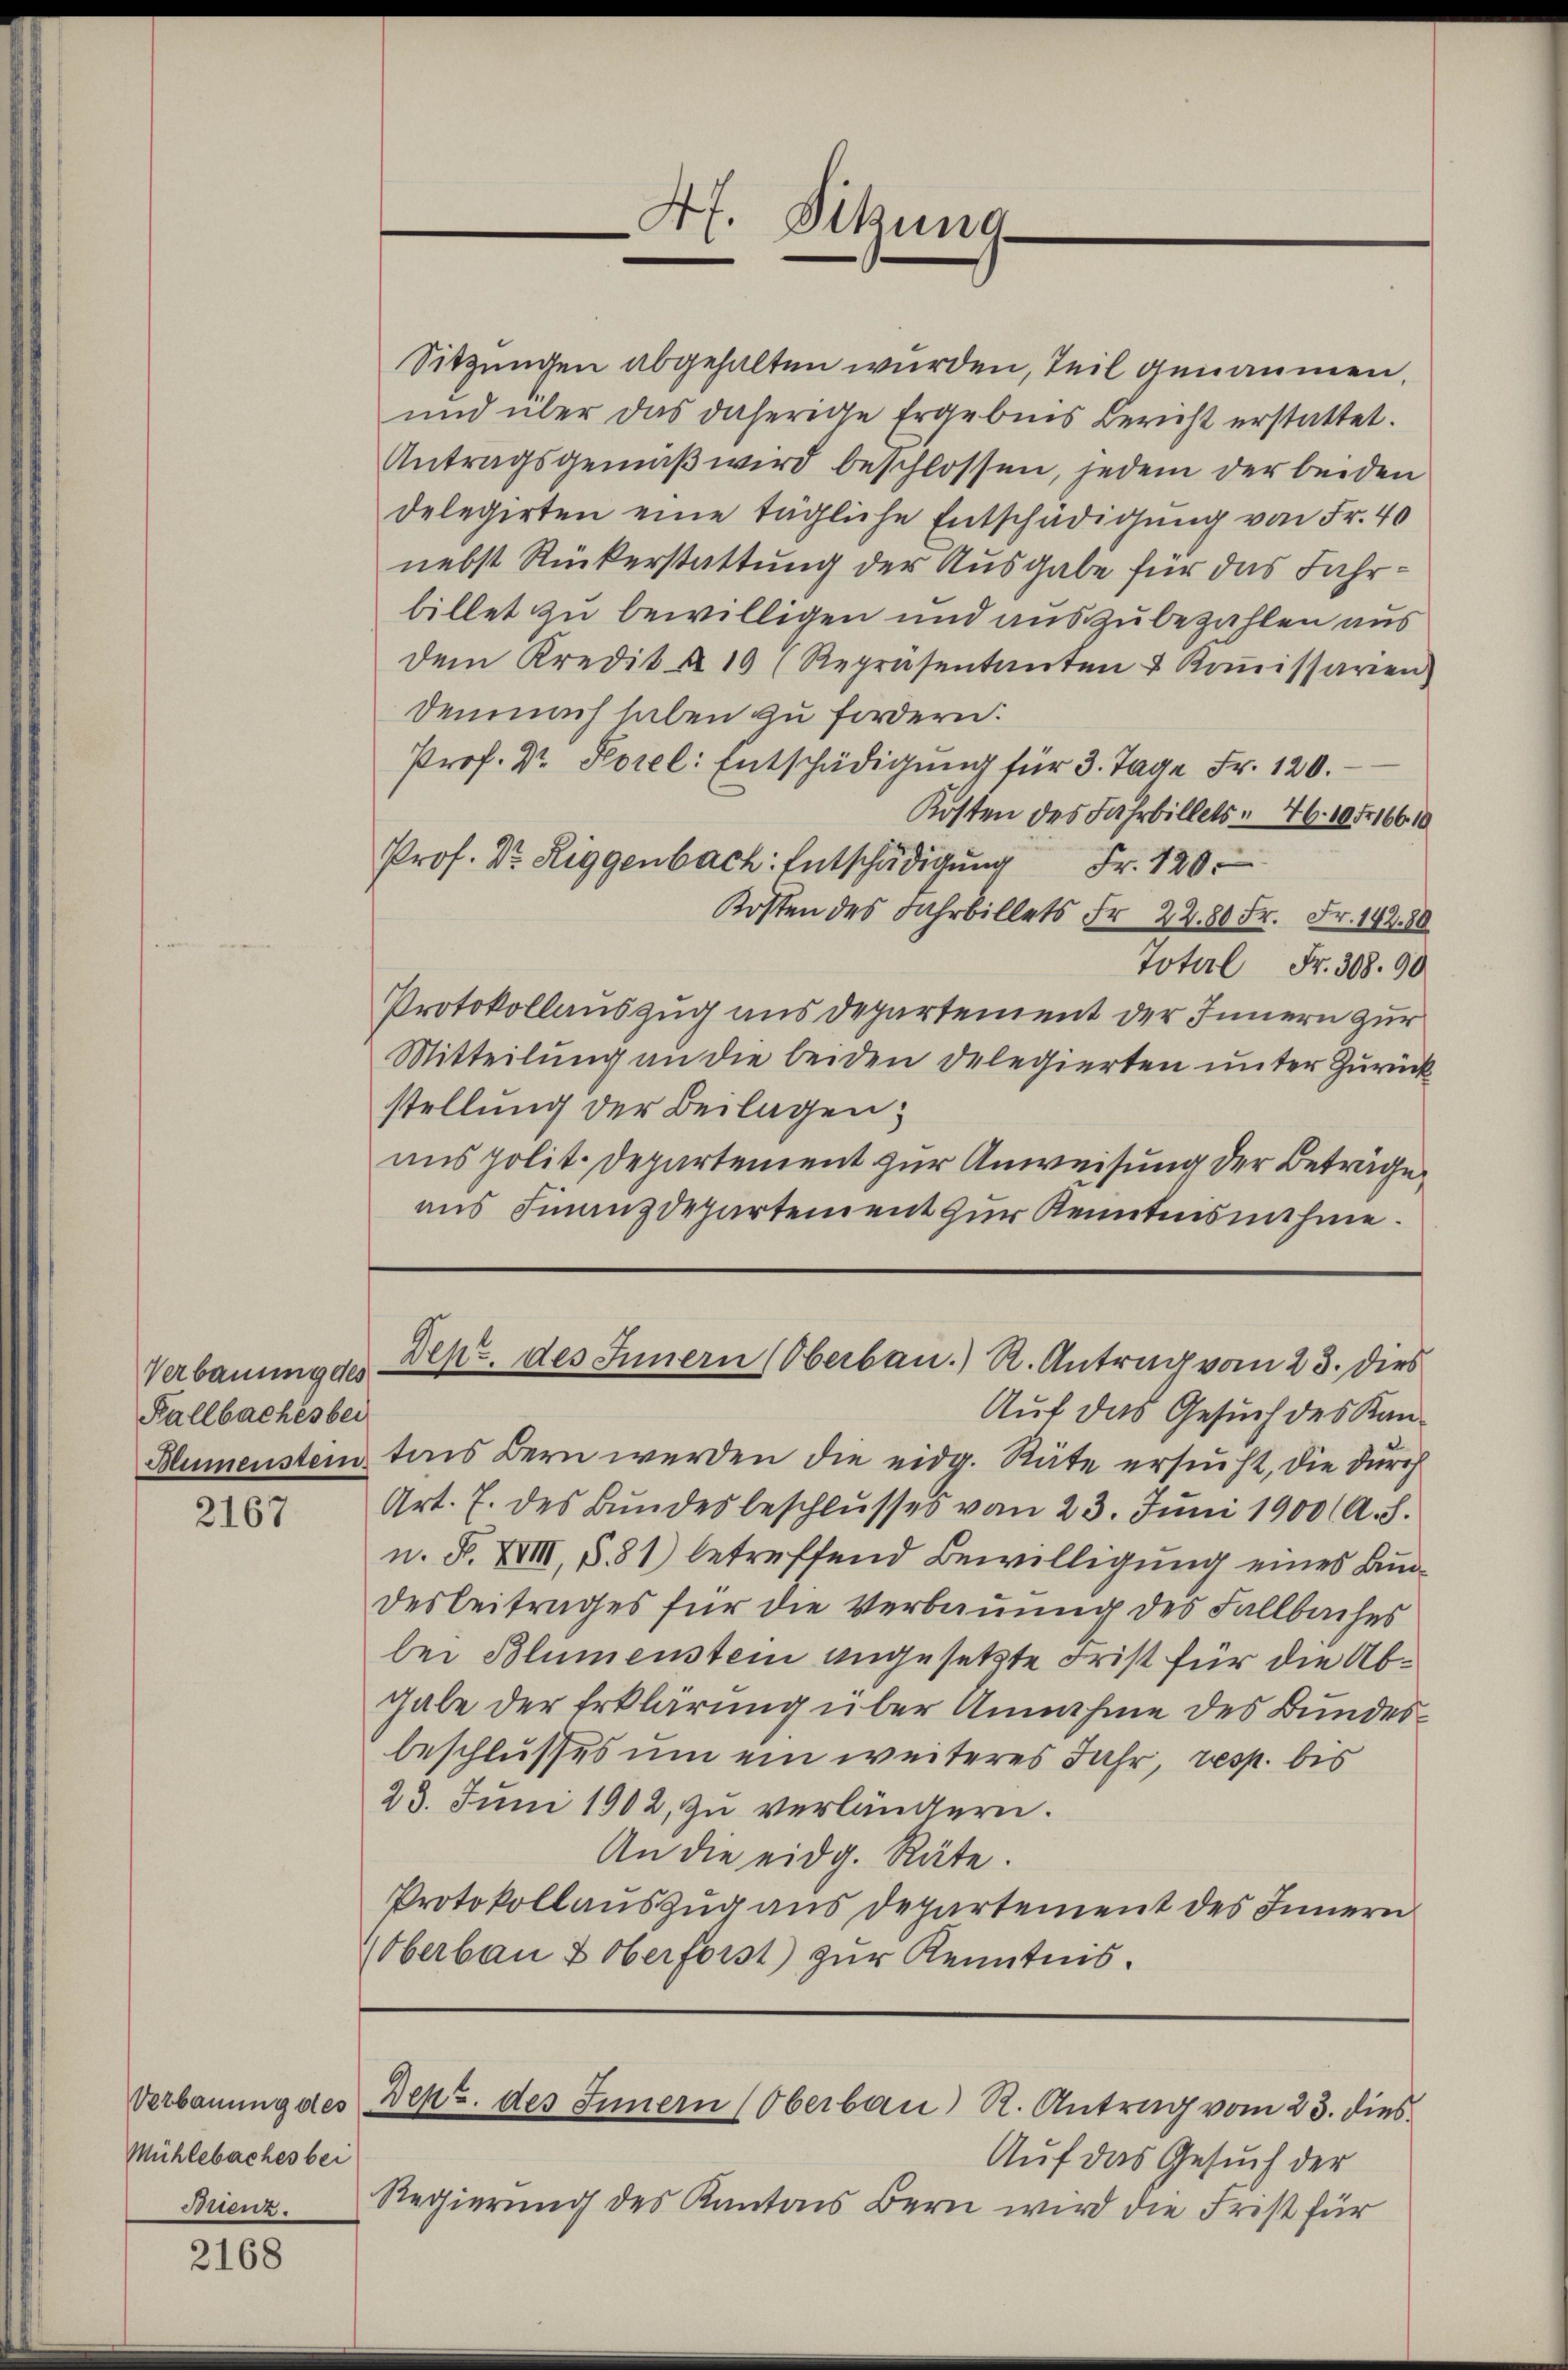
Kallbaches bei

2167

Verbauung des
Mühlebaches bei

2168

Af. Sitzung

Sitzungen abgehalten wurden, Teil genaumen,
und über das daherige Ergebnis Bericht erstattet.
Antragsgemäß wird beschlossen, jedem der beiden
delegirten eine tägliche Entschädigung von Fr. 40
nebst Rückerstattung der Ausgabe für das Fahrbillet zu bewilligen und auszubezahlen aus
dem Kredit u. 10 (Repräsentanten & Koṁissarien
Demnach haben zu fordern:
Prof. Dr. Korel: Entschädigung für 3. Tage Fr. 120.
Kosten des Jahrbillets 46. 10516610
Prof. Dr. Riggenbach: Entschädigung Fr. 120.
Kosten des Jahrbillets Fr. 22. 80 Fr. Fr. 142. 80
Total Fr. 308. 90
Protokollauszug aus Departement der Innern zur
Mitteilung an die beiden Delegierten unter Zurück
stellung der Beilagen;
ans polit. Departement zur Anweisung der Beträge
aus Finanzdepartement zur Kenntnisnehme.

Auf das Gesuch des Kan¬
Blumenstein tres dern werden die eidg. Räte ersucht, die durch
Art. 7. des Bundesbeschlusses vom 23. Juni 1900 (A. S.
n. F. XVIII, §.81) betreffend Bewilligung eines Bundesbeitrages für die Verbauung des Fallbaches
bei Blumenstein angesetzte Frist für die Abgabe der Erklärung über Annahme des Bundesbeschlusses um ein weiteres Jahr, resp. bis
23. Juni 1902, zu verlängern.
An die eidg. Räte.
Protokollauszug aus Departement des Innern
(Oberbau & Oberforst) zur Kenntnis.

Verbauungge Dept. des Innern (Oberban.) R. Antrag vom 23. Dies

Dens. des Innern (Oberbau) R. Antrag vom 23. dies

Auf das Gesuch der
Brienz. Regierung des Kantons Bern wird die Frist für